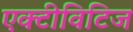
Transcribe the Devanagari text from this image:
एक्टीविटिज